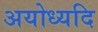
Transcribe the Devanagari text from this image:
अयोध्यदि